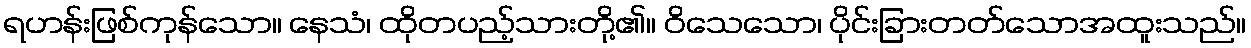
ရဟန်းဖြစ်ကုန်သော။ နေသံ၊ ထိုတပည့်သားတို့၏။ ဝိသေသော၊ ပိုင်းခြားတတ်သောအထူးသည်။